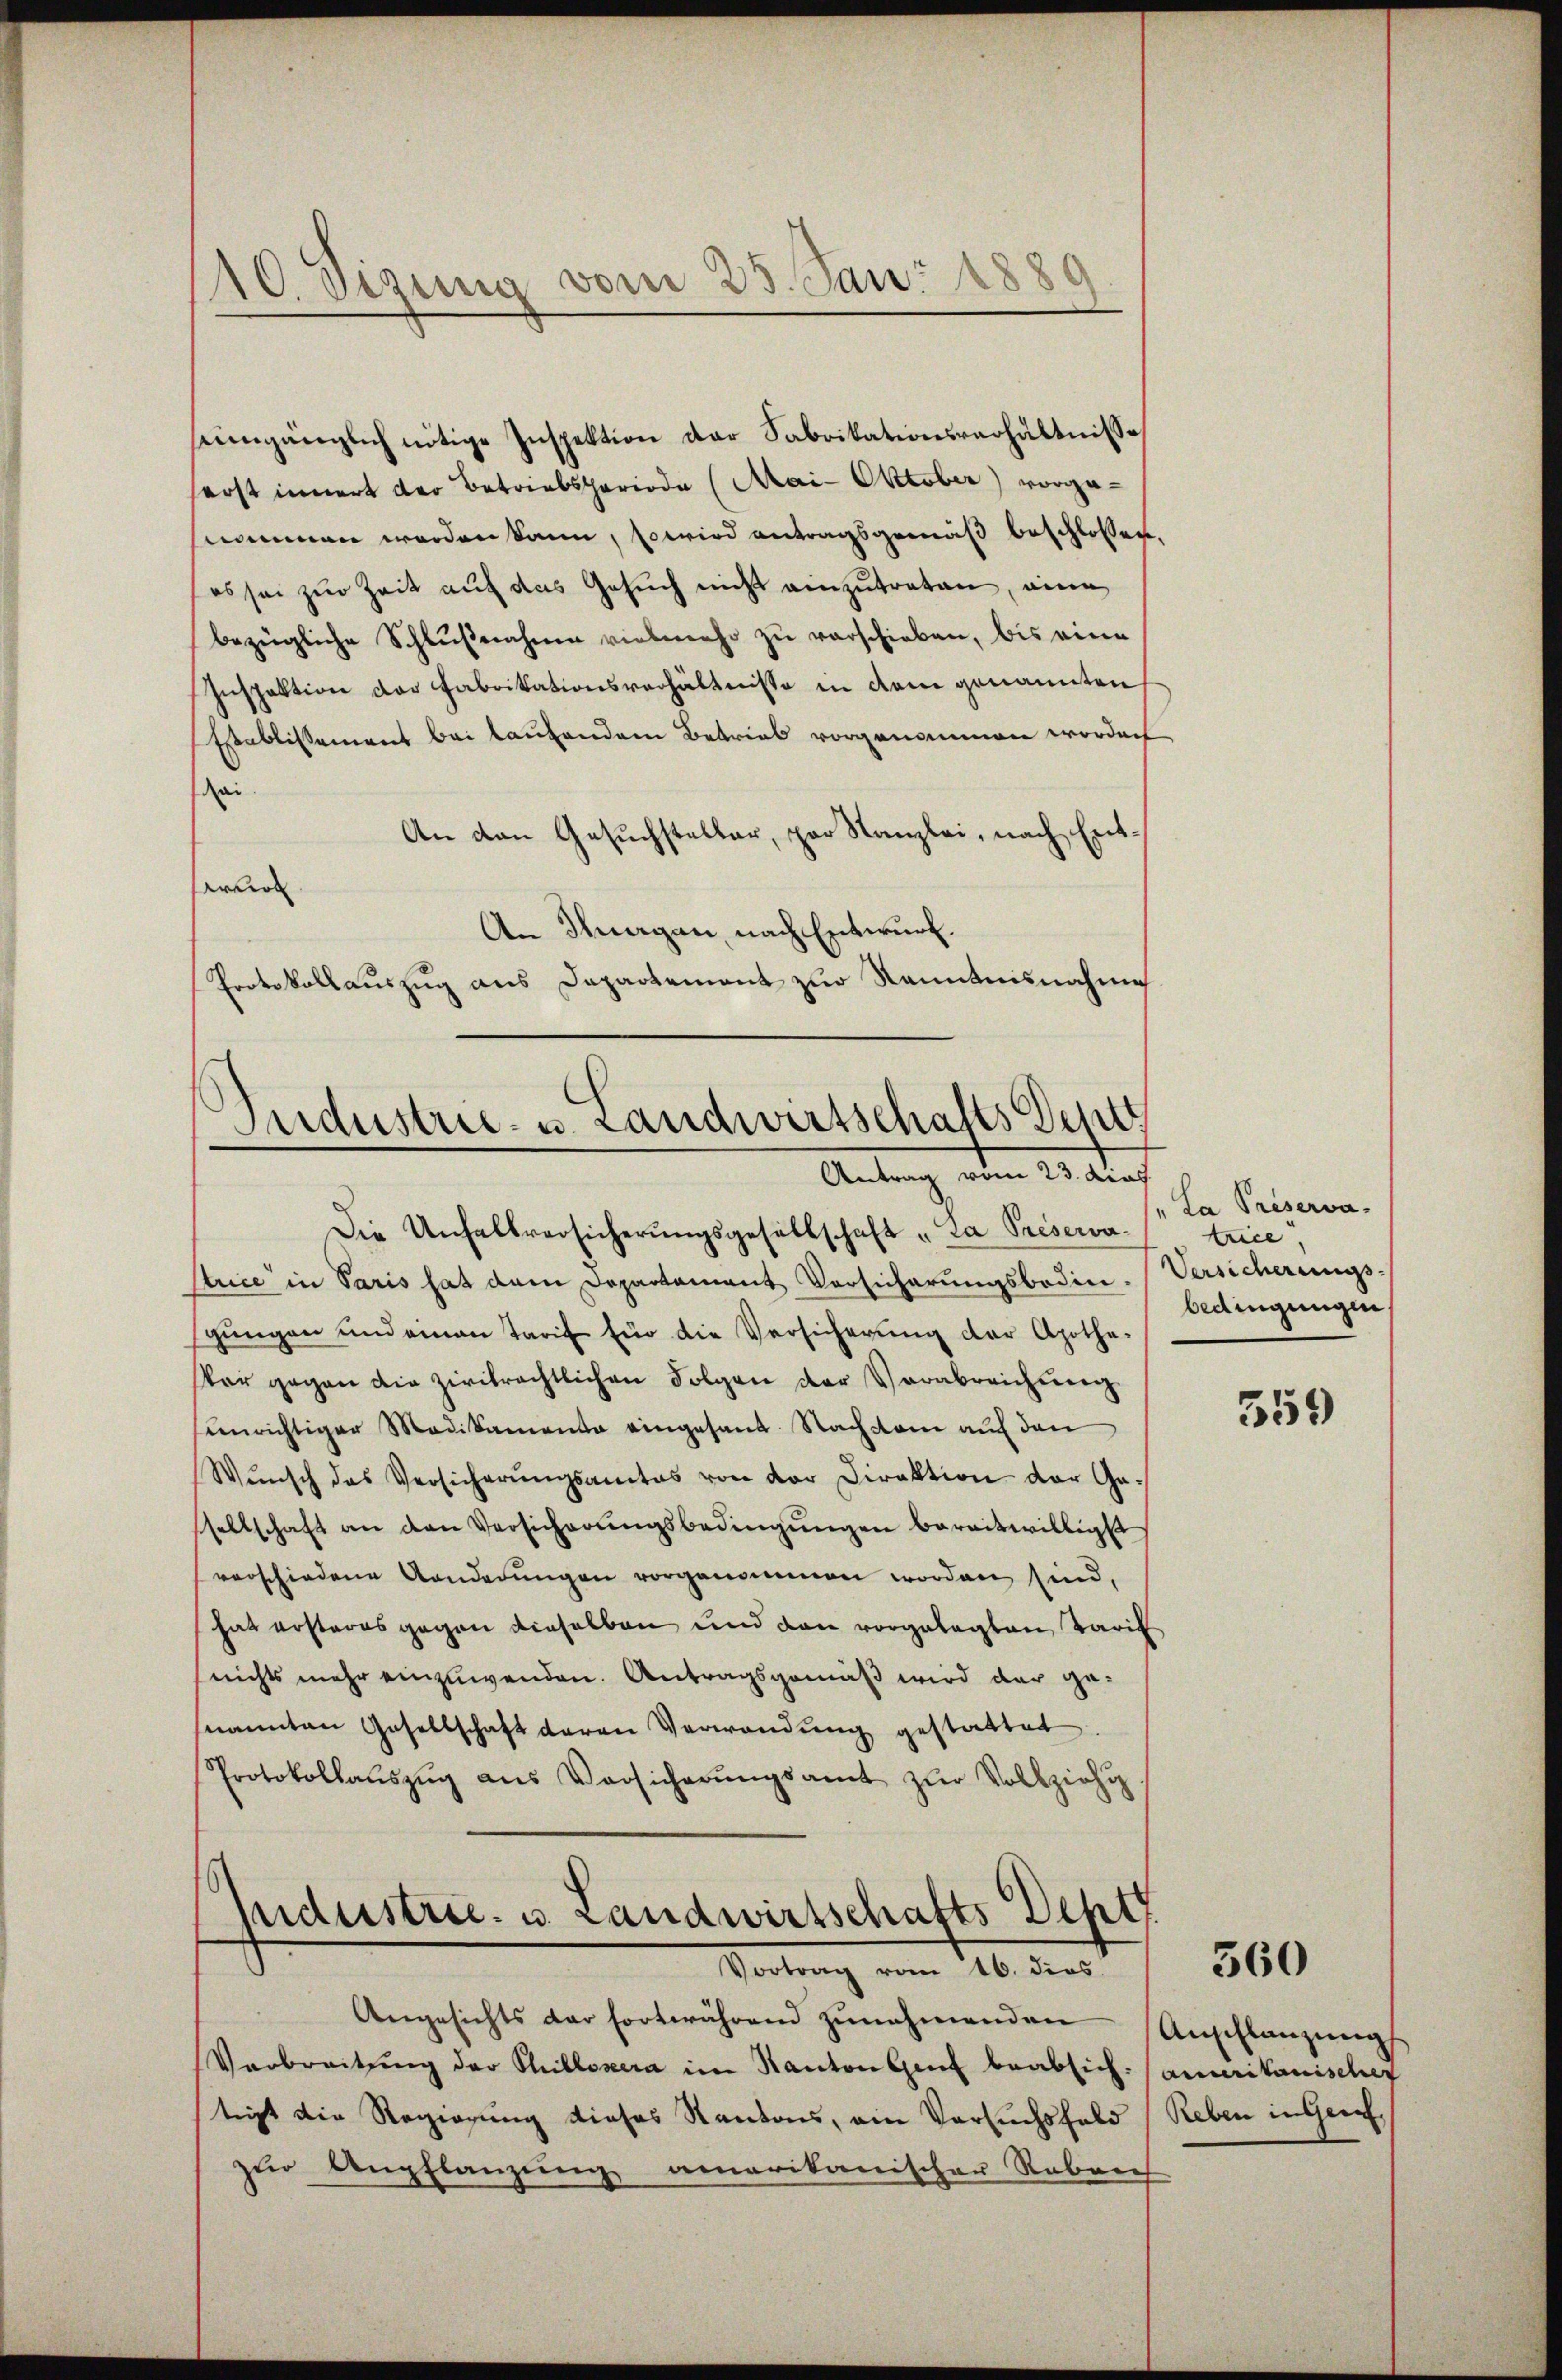
umgänglich nötige Inspektion der Fabrikationsverhältnisse
erst innert der Betriebsteriode (Mai- Oktober) vorgenommen werden kann, so wird antragsgemäß beschlossen.
es sei zur Zeit auf das Gesŭch nicht einzŭtreten, eine
bezügliche Schlußnahme vielmehr zu verschieben, bis eine
Inspektion der Fabritationsverhältnisse in dem genannten
Establissement bei laufendem Betrieb vorgenommen worden
zu
An den Gesuchsteller, par Kanzlei, nach Entd
erkol
An Thurgau, nach Entwurf.
Protokollaŭszŭg ans Departement zŭr Kenntnisnahme

10. Sezung vom 23. Jan. 1880

Industrie- u. Landwirtschafts Sept
Antrag vom 23. dies

Die Unfallversicherŭngsgesellschaft „La Préserva-
strice in Paris hat dem Departament Versicherŭngsboden. Versicherungs-
gŭngen und einen Tarif für die Versicherŭng der Apothe-
Vor gegen die zivilrechtlichen Folgen der Verabreichung
senrichtiger Medikamenta eingesand. Nachsam auf den
Wŭnsch das Versicherŭngsamtes von der Direktion der Ge-
sellschaft an den Versicherŭngsbedingŭngen bereitwilligt
verschiedene Aenderungen vorgenommen worden sind,
hat ersteres gegen dieselben und den vorgelegten Tarif
nichts mehr einzuwenden. Antragsgemäß wird der genannten Gesellschaft daran Verwendung gestattet
Protokollaŭszŭg ans Versicherŭngsamt zŭr Vollziehu

Industrie. u. Landwirtschafts Dept
.
Vortrag vom 16. dies

Angesichts der fortwährend zunahmenden
Verbreitŭng der Phillosera im Kanton Genf beabsich Camerikanischef
tiigt die Regierung dieses Kantons, ein Versuchsfeld Reben in Geri
zur Anpflanzung amerikanischen Raben

"La Préserva-
tece
bedingungen.

359)

560

Anschlanzung